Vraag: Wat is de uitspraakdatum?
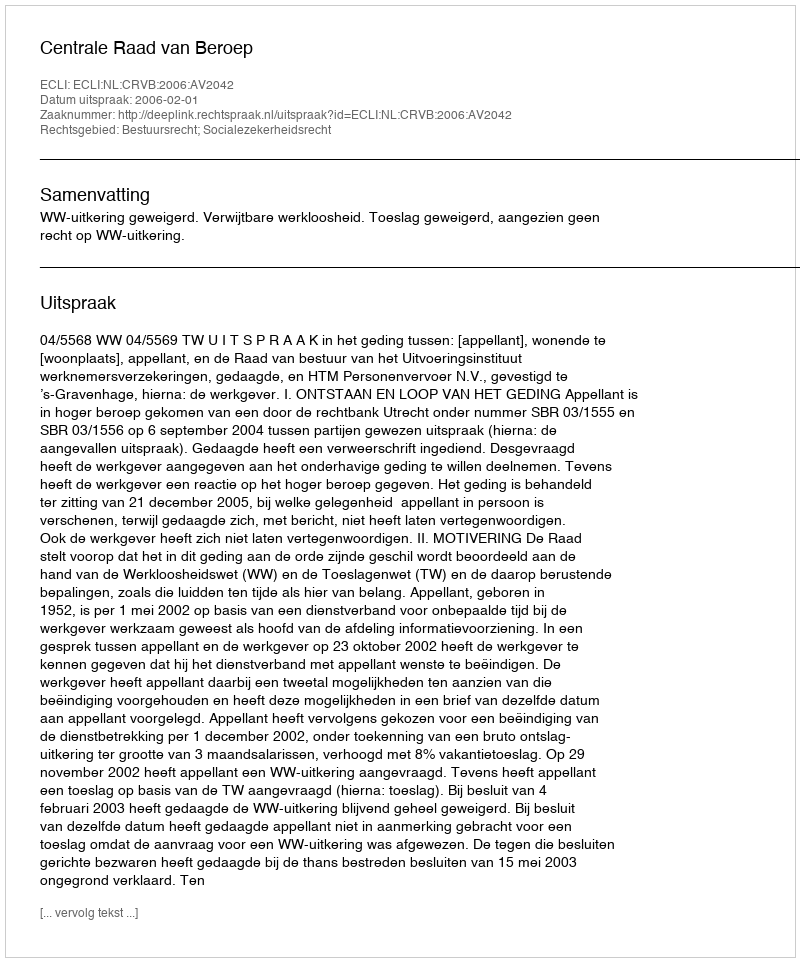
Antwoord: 2006-02-01